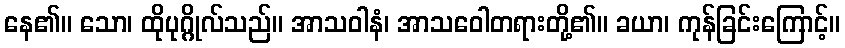
နေ၏။ သော၊ ထိုပုဂ္ဂိုလ်သည်။ အာသဝါနံ၊ အာသဝေါတရားတို့၏။ ခယာ၊ ကုန်ခြင်းကြောင့်။